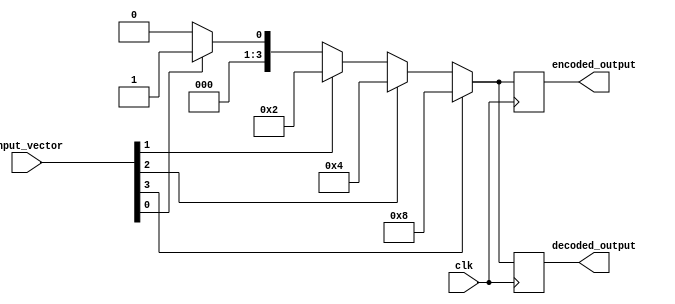
module Priority_Enc_Dec(
    input [3:0] input_vector,
    input clk,
    output reg [3:0] encoded_output,
    output reg [3:0] decoded_output
);

always @(posedge clk) begin
    if(input_vector[3] == 1) begin
        encoded_output <= 4'b1000;
        decoded_output <= 4'b1000;
    end else if(input_vector[2] == 1) begin
        encoded_output <= 4'b0100;
        decoded_output <= 4'b0100;
    end else if(input_vector[1] == 1) begin
        encoded_output <= 4'b0010;
        decoded_output <= 4'b0010;
    end else if(input_vector[0] == 1) begin
        encoded_output <= 4'b0001;
        decoded_output <= 4'b0001;
    end else begin
        encoded_output <= 4'b0000;
        decoded_output <= 4'b0000;
    end
end

endmodule